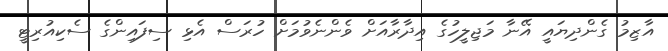
އާޒިމު ގެންދިޔައީ އޭނާ މަޖިލީހުގެ އިދާރާއަށް ވެންނެވުމަށް ހުރަސް އެޅި ސިފައިންގެ ސެކިއުރިޓީ